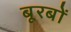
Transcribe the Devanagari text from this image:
बूरबों